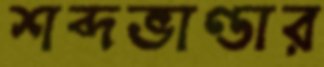
শব্দভাণ্ডার